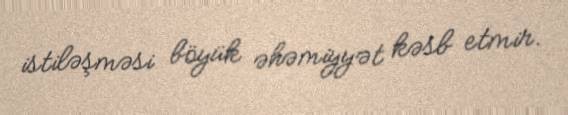
istiləşməsi böyük əhəmiyyət kəsb etmir.